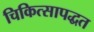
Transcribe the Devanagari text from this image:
चिकित्सापद्धत